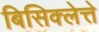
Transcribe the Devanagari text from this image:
बिसिक्लेत्ते